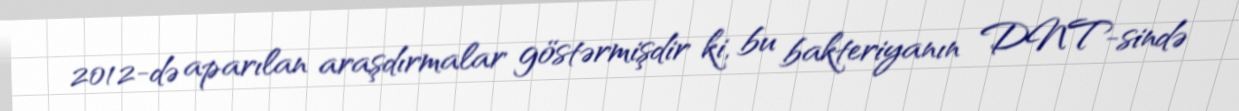
2012-də aparılan araşdırmalar göstərmişdir ki, bu bakteriyanın DNT-sində